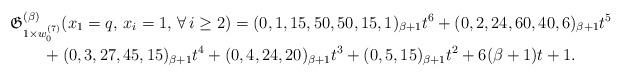
LaTeX: \begin{gather*}\mathfrak{G}_{1 \times w_{0}^{(7)}}^{(\beta)}(x_1=q, \,x_i=1,\,\forall\, i \ge 2) = (0,1,15,50,50,15,1)_{\beta+1} t^6 +(0,2,24,60,40,6)_{\beta+1}t^5\\ \qquad{} + (0,3,27,45,15)_{\beta+1} t^4+ (0,4,24,20)_{\beta+1} t^3+(0,5,15)_{\beta+1} t^2+ 6(\beta+1) t+1. \end{gather*}